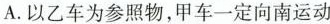
A.以乙车为参照物，甲车一定向南运动